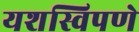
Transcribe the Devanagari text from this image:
यशस्विपणे